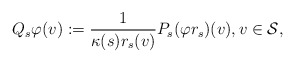
\begin{align*} Q_s \varphi(v): = \frac{1}{\kappa(s)r_{s}(v)} P_s(\varphi r_{s})(v), v \in \mathcal{S},\end{align*}